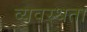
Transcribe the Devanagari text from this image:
व्यवस्थता